Lunatic asylums in Bengal annual reports 1912-1924 - 1912-1924
Year: 1912
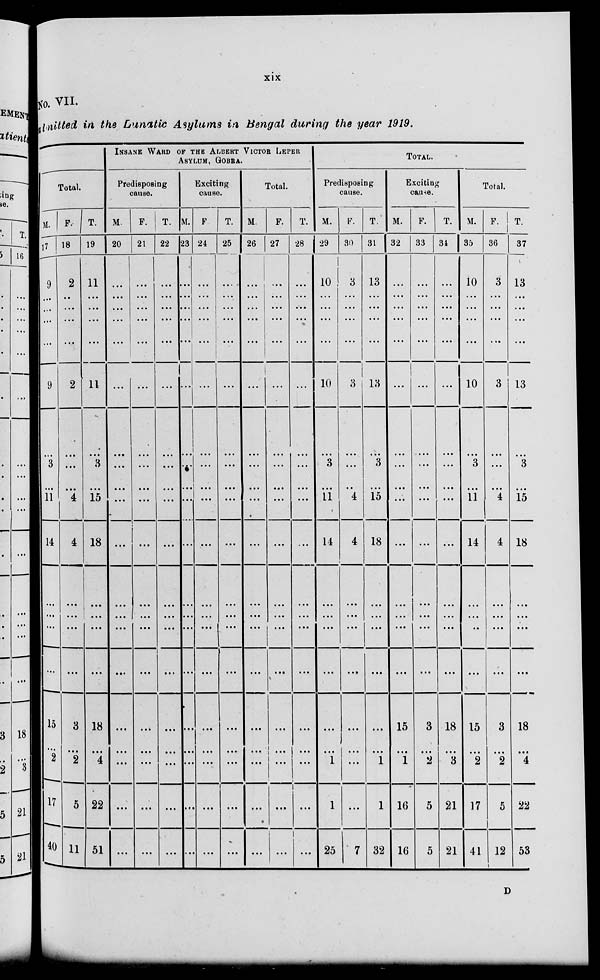
xix
No. VII.
Admitted in the Lunatic Asylums in Bengal during the year 1919.
Total.
M.
17
9
...
...
...
...
9
...
3
...
11
14
...
...
...
...
15
...
2
17
40
F.
18
2
...
...
...
...
2
...
...
...
4
4
...
...
...
...
3
...
2
5
11
T.
19
11
...
...
...
...
11
...
3
...
15
18
...
...
...
...
18
...
4
22
51
INSANE WARD OF THE ALBERT VICTOR LEPER
ASYLUM, GOBRA.
Predisposing
cause.
M.
20
...
...
...
...
...
...
...
...
...
...
...
...
...
...
...
...
...
...
...
...
F.
21
...
...
...
...
...
...
...
...
...
...
...
...
...
...
...
...
...
...
...
...
T.
22
...
...
...
...
...
...
...
...
...
...
...
...
...
...
...
...
...
...
...
...
Exciting
cause.
M.
23
...
...
...
...
...
...
...
...
...
...
...
...
...
...
...
...
...
...
...
...
F.
24
...
...
...
...
...
...
...
...
...
...
...
...
...
...
...
...
...
...
...
...
T.
25
...
...
...
...
...
...
...
...
...
...
...
...
...
...
...
...
...
...
...
...
Total.
M.
26
...
...
...
...
...
...
...
...
...
...
...
...
...
...
...
...
...
...
...
...
F.
27
...
...
...
...
...
...
...
...
...
...
...
...
...
...
...
...
...
...
...
...
T.
28
...
...
...
...
...
...
...
...
...
...
...
...
...
...
...
...
...
...
...
...
TOTAL.
Predisposing
cause.
M.
29
10
...
...
...
...
10
...
3
...
11
14
...
...
...
...
...
...
1
1
25
F.
30
3
...
...
...
...
3
...
...
...
4
4
...
...
...
...
...
...
...
...
7
T.
31
13
...
...
...
...
13
...
3
...
15
18
...
...
...
...
...
...
1
1
32
Exciting
cause.
M.
32
...
...
...
...
...
...
...
...
...
...
...
...
...
...
...
15
...
1
16
16
F.
33
...
...
...
...
...
...
...
...
...
...
...
...
...
...
...
3
...
2
5
5
T.
34
...
...
...
...
...
...
...
...
...
...
...
...
...
...
...
18
...
3
21
21
Total.
M.
35
10
...
...
...
...
10
...
3
...
11
14
...
...
...
...
15
...
2
17
41
F.
36
3
...
...
...
...
3
...
...
...
4
4
...
...
...
...
3
...
2
5
12
T.
37
13
...
...
...
...
13
...
3
...
15
18
...
...
...
...
18
...
4
22
53
D